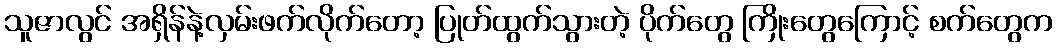
သူဇာလွင် အရှိန်နဲ့လှမ်းဖက်လိုက်တော့ ပြုတ်ထွက်သွားတဲ့ ပိုက်တွေ ကြိုးတွေကြောင့် စက်တွေက